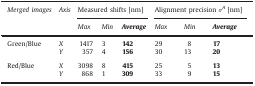
| <ROWSPAN=2> Merged images | <ROWSPAN=2> Axis | <COLSPAN=3> Measured shifts [nm] | <COLSPAN=3> Alignment precision σA [nm] |
 | Max | Min | Average | Max | Min | Average |
 | --- | --- | --- | --- | --- | --- | --- | --- |
 | <ROWSPAN=2> Green/Blue | X | 1417 | 3 | 142 | 29 | 8 | 17 |
 | Y | 357 | 4 | 156 | 30 | 13 | 20 |
 | <COLSPAN=8>  |
 | <ROWSPAN=2> Red/Blue | X | 3098 | 8 | 415 | 25 | 5 | 13 |
 | Y | 868 | 1 | 309 | 33 | 9 | 15 |